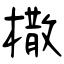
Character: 橵